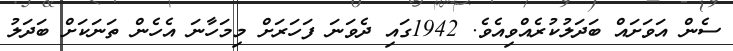
ސެން އަވަށައް ބަދަލުކުރެއްވިއެވެ. 1942ގައި ދެވަނަ ފަހަރަށް މިމަހާނަ އެހެން ތަނަކަށް ބަދަލު